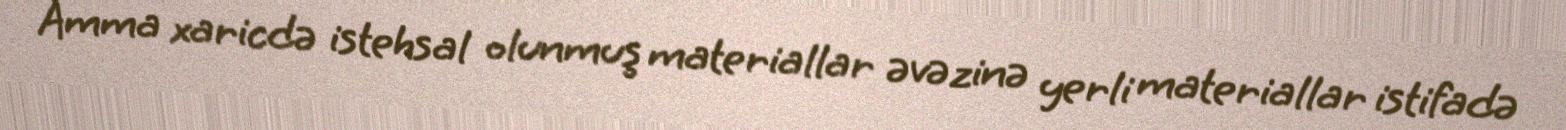
Amma xaricdə istehsal olunmuş materiallar əvəzinə yerli materiallar istifadə